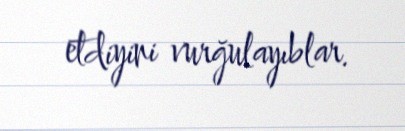
etdiyini vurğulayıblar.